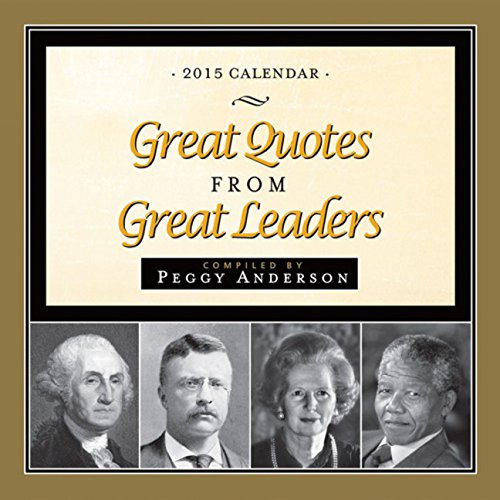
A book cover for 2015 Great Quotes from Great Leaders Boxed Calendar; Peggy Anderson; Calendars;